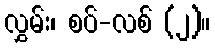
လွှမ်း၊ စပ်-လစ် (၂)။